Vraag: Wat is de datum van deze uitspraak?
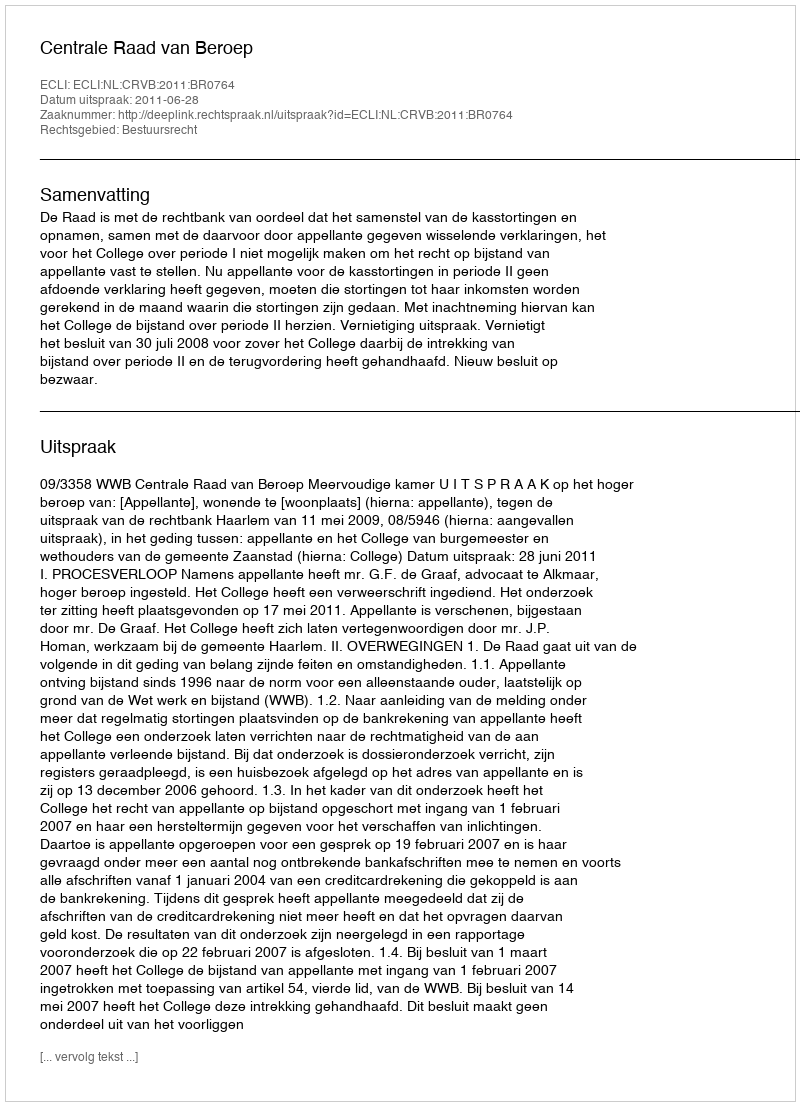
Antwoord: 2011-06-28